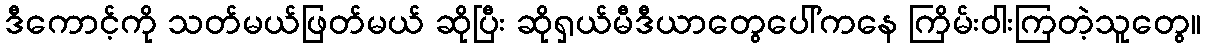
ဒီကောင့်ကို သတ်မယ်ဖြတ်မယ် ဆိုပြီး ဆိုရှယ်မီဒီယာတွေပေါ်ကနေ ကြိမ်းဝါးကြတဲ့သူတွေ။